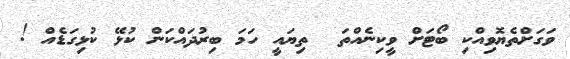
ވަގަށްތެޔޮވިއްކި ބޯޓަށް ވީކިނެއްތަ  ތިޔައީ ހަމަ ބިރުދައްކަން ކުޅޭ ކުޅިގަޑެއް !